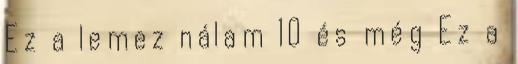
Ez a lemez nálam 10 és még Ez a